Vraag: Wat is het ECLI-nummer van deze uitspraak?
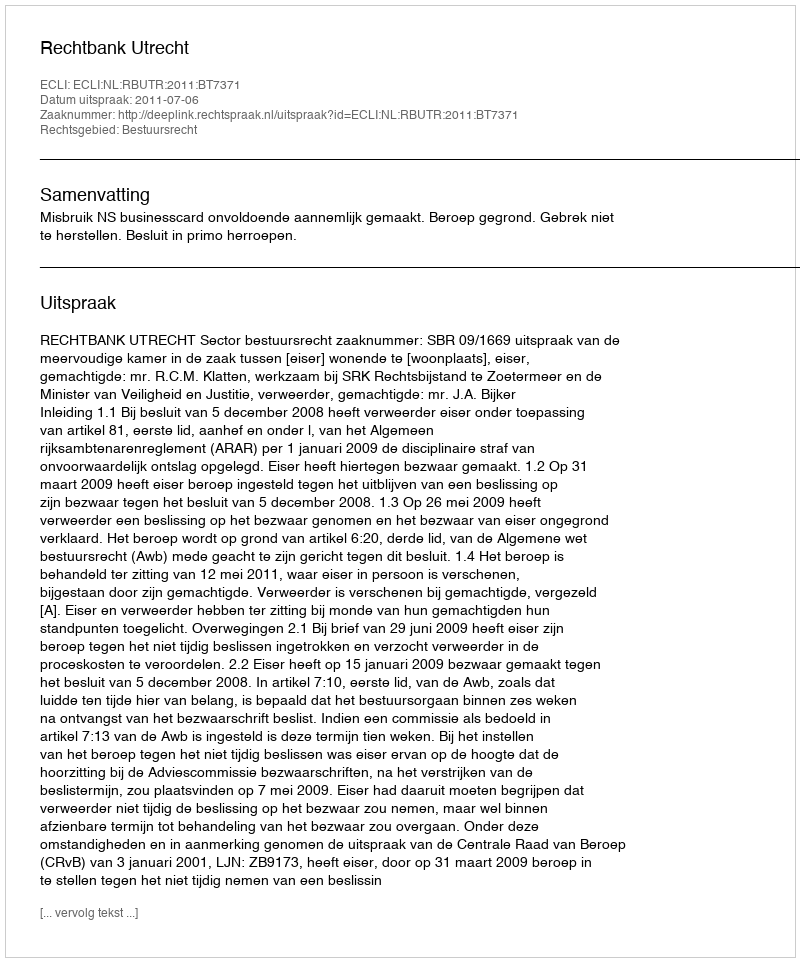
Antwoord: ECLI:NL:RBUTR:2011:BT7371